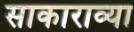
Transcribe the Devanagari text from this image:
साकाराव्या